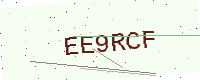
Text: EE9RCF